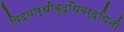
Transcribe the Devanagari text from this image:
विद्यार्थीबुद्धिवर्द्धिनी